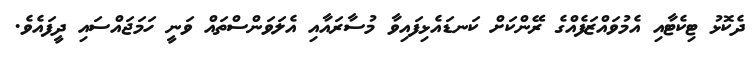
ދެކޮޅު ޓިކެޓާއި އެމުވައްޒަފެއްގެ ރޭންކަށް ކަނޑައެޅިފައިވާ މުސާރައާއި އެލަވަންސްތައް ވަނީ ހަމަޖައްސައި ދީފައެވެ.